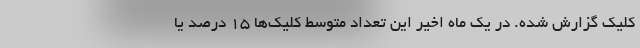
کلیک گزارش شده. در یک ماه اخیر این تعداد متوسط کلیک‌ها ۱۵ درصد یا